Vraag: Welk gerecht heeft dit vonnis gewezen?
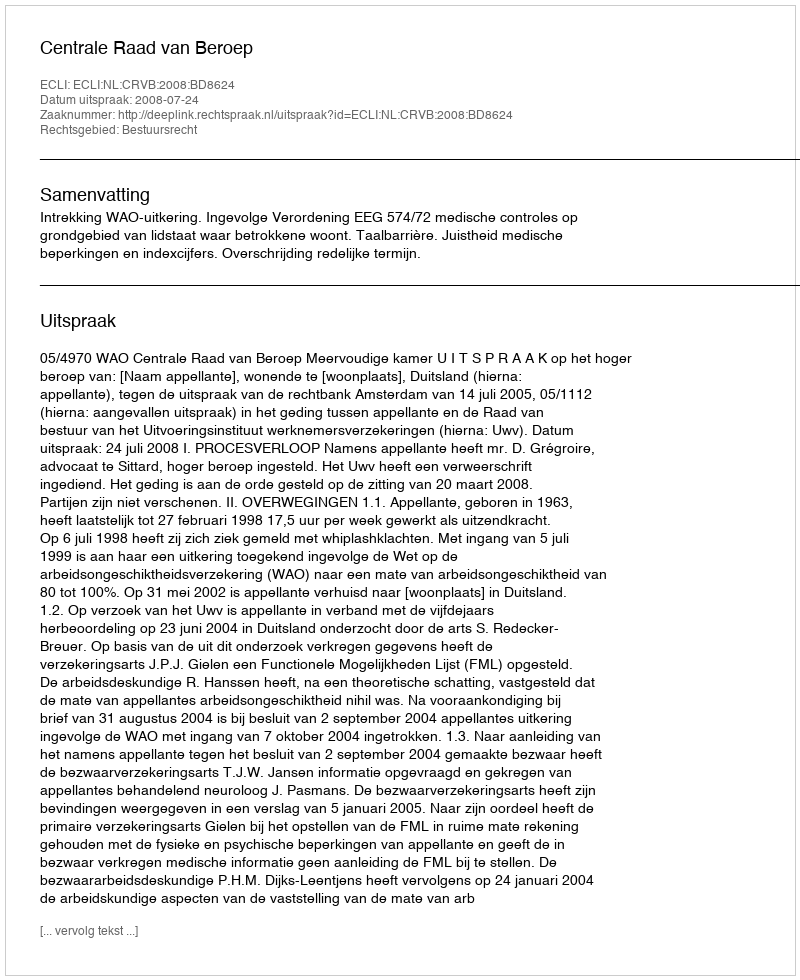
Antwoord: Centrale Raad van Beroep